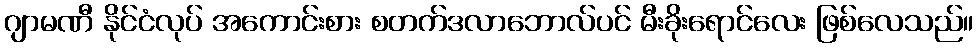
ဂျာမဏီ နိုင်ငံလုပ် အကောင်းစား စတက်ဒလာဘောလ်ပင် မီးခိုးရောင်လေး ဖြစ်လေသည်။